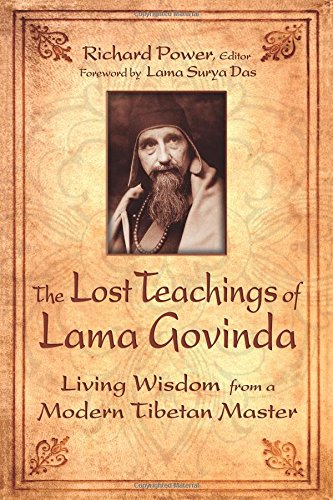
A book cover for The Lost Teachings of Lama Govinda: Living Wisdom from a Modern Tibetan Master; Religion & Spirituality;